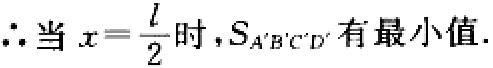
\(\therefore 当\ x = \frac{l}{2}\ 时，S_{A'B'C'D'}\ 有最小值.\)